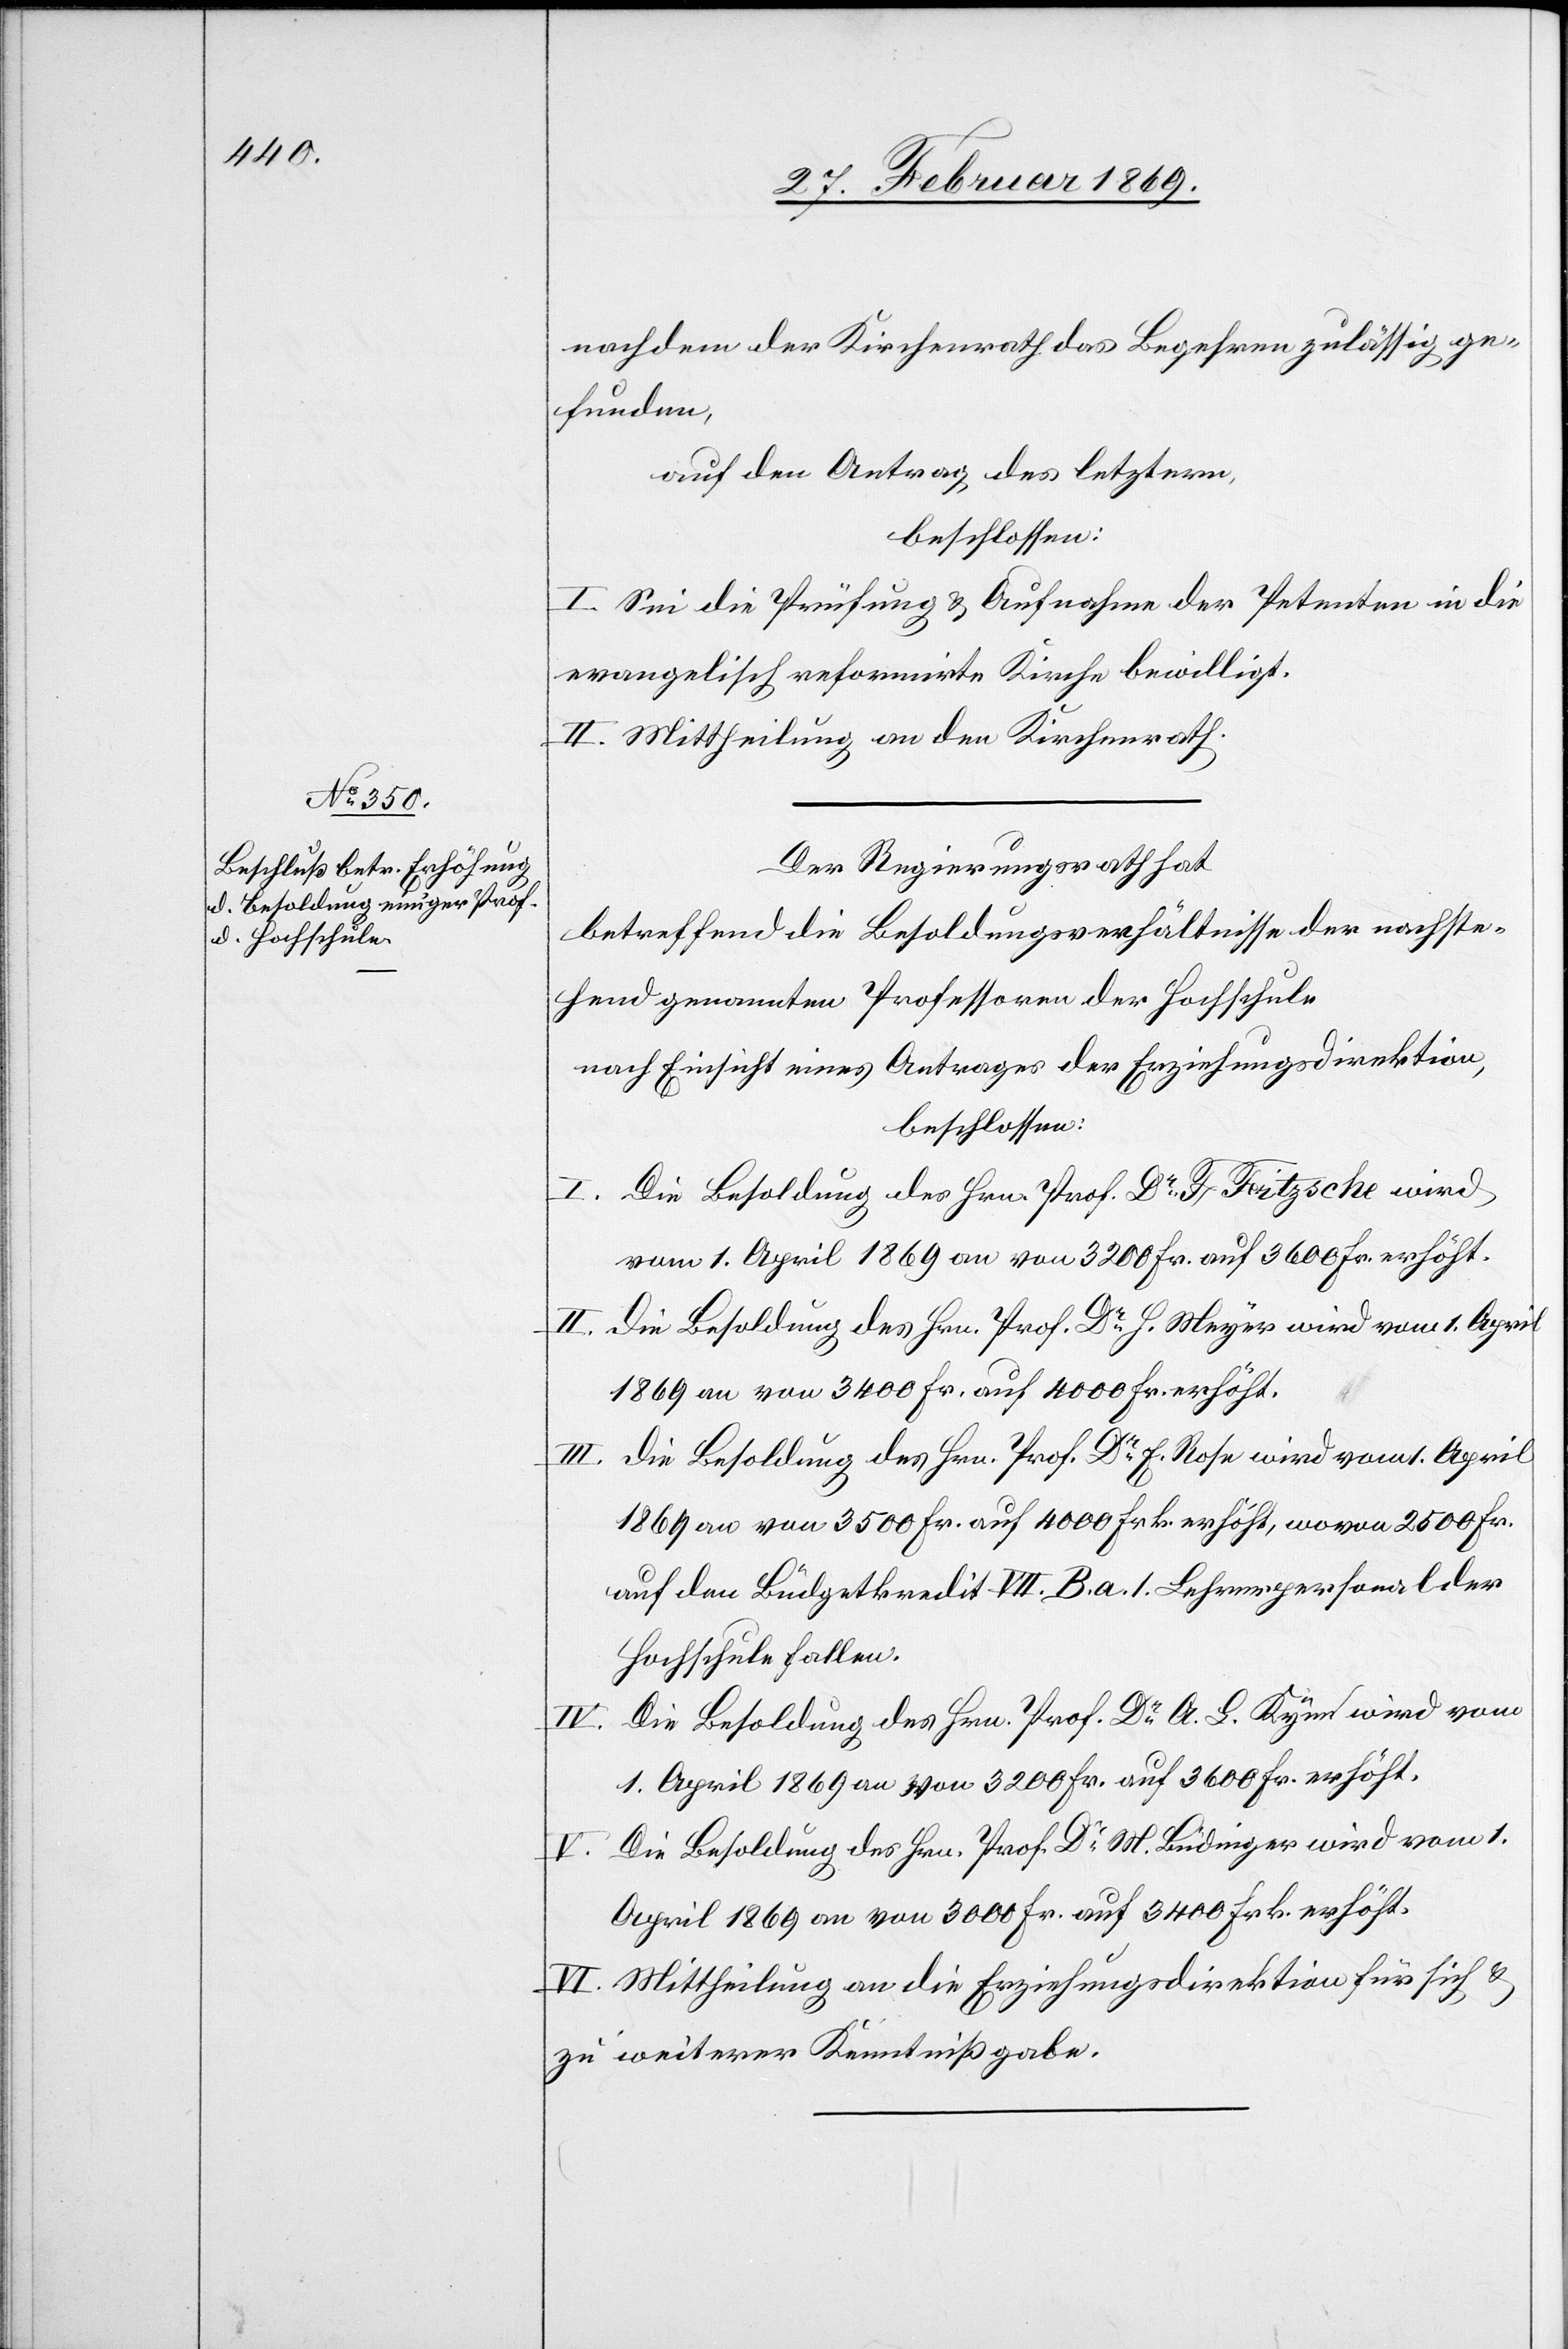
nachdem der Kirchenrath das Begehren zulässig ge¬
funden,
auf den Antrag des letztern,
beschlossen:
I. Sei die Prüfung u. Aufnahme der Petenten in die
evangelisch reformirte Kirche bewilligt.
II. Mittheilung an den Kirchenrath.
Der Regierungsrath hat
betreffend die Besoldungsverhältnisse der nachste¬
hend genannten Professoren der Hochschule
nach Einsicht eines Antrages der Erziehungsdirektion,
beschlossen:
I. Die Besoldung des Hrn. Prof. Dr Fritzsche wird
vom 1. April 1869 an von 3200 Fr. auf 3600 Fr. erhöht.
II. Die Besoldung des Hrn. Prof. Dr H. Meyer wird vom 1. April
1869 an von 3400 Fr. auf 4000 Fr. erhöht.
III. Die Besoldung des Hrn. Prof. Dr E. Rose wird vom 1. April
1869 an von 3500 Fr. auf 4000 Fr. erhöht, wovon 2500 Fr.
auf den Büdgetkredit VII B. a. I. Lehrerpersonal der
Hochschule fallen.
IV. Die Besoldung des Hrn. Prof. Dr A. L. Kymt wird vom
1. April 1869 an von 3200 Fr. auf 3600 Fr. erhöht.
Die Besoldung des Hrn. Prof. Dr M. Budinger wird vom 1.
April 1869 an von 3000 Fr. auf 3400 Frk. erhöht.
VI. Mittheilung an die Erziehungsdirektion für sich u.
zu weiterer Kenntnißgabe.